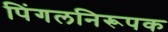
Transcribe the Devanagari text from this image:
पिंगलनिरूपक